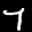
Label: 7